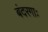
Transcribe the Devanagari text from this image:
बंदरगाः